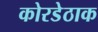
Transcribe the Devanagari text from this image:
कोरडेठाक